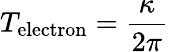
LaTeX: T_{\textrm{electron}}=\frac{\kappa}{2\pi}